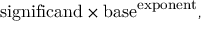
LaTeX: { \mathrm { s i g n i f i c a n d } } \times { \mathrm { b a s e } } ^ { \mathrm { e x p o n e n t } } ,